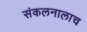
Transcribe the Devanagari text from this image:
संकलनालाच